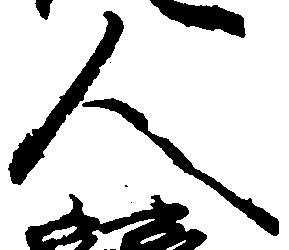
人